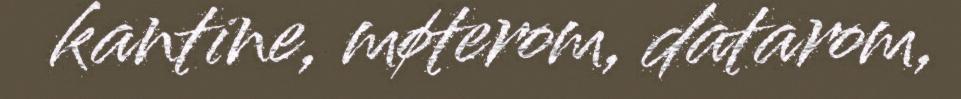
kantine, møterom, datarom,